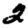
Digit: 2